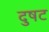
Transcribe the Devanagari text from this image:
दुषट